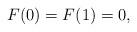
LaTeX: \begin{align*}F(0)=F(1)=0,\end{align*}